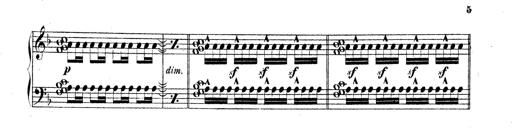
Title: Technische Studien
Composer: Franz Liszt